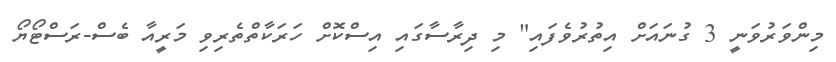
މިންވަރުވަނީ 3 ގުނައަށް އިތުރުވެފައި" މި ދިރާސާގައި އިސްކޮށް ހަރަކާތްތެރިވި މަރީއާ ބެސް-ރަސްޓޯޔޯ